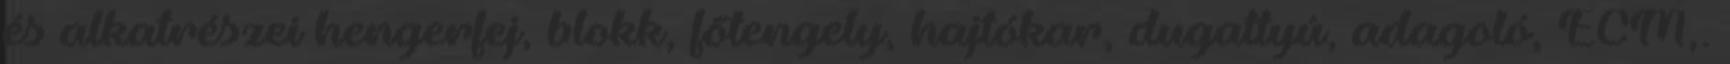
és alkatrészei hengerfej, blokk, fõtengely, hajtókar, dugattyú, adagoló, ECM,.